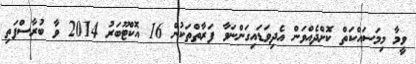
ވީމާ މިމަސައްކަތް ކޮށްދެއްވަން އެދިވަޑައިގަންނަވާ ފަރާތްތަކުން 16 އޮކްޓޫބަރު 2014 ވާ ބުރާސްފަތި